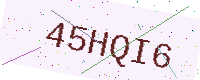
Text: 45HQI6